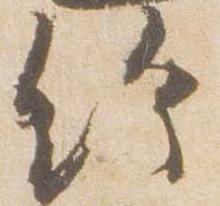
給